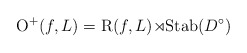
\begin{align*}\mathrm{O}^+(f,L) = \mathrm{R}(f,L) \mathbb{o} \mathrm{Stab}(D^\circ)\end{align*}